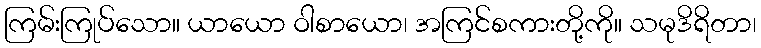
ကြမ်းကြုပ်သော။ ယာယော ဝါစာယော၊ အကြင်စကားတို့ကို။ သမုဒိရိတာ၊